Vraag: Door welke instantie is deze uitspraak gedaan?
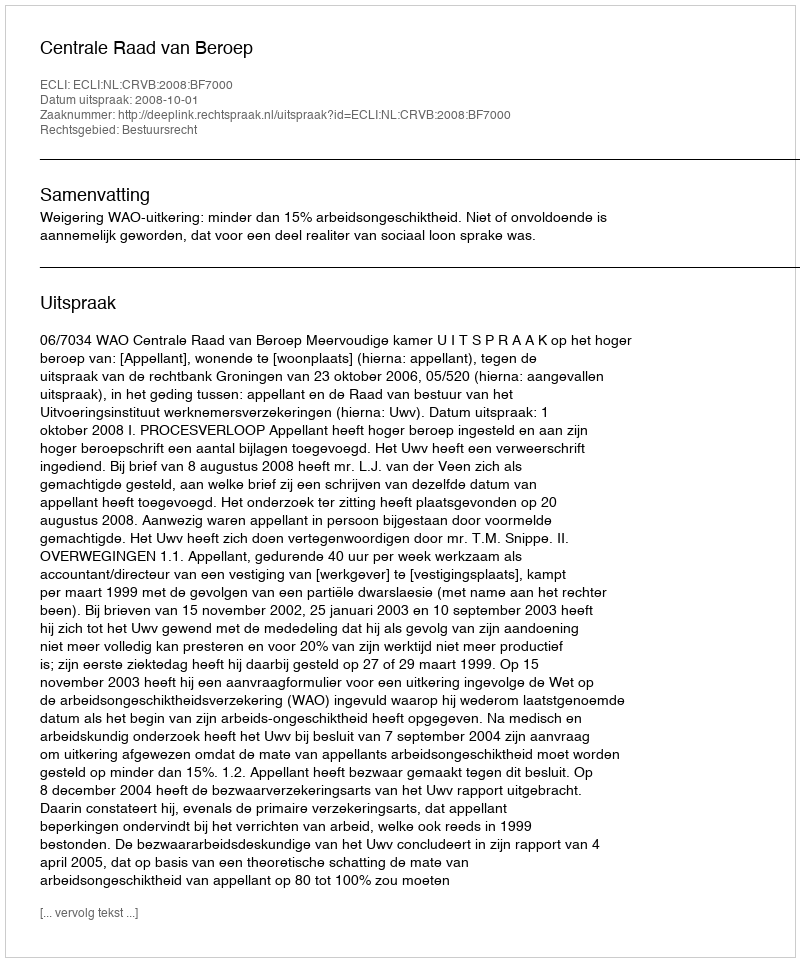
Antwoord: Centrale Raad van Beroep